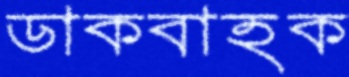
ডাকবাহক